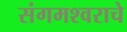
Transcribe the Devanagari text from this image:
संगमश्वराचे